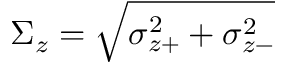
\Sigma _ { z } = \sqrt { \sigma _ { z + } ^ { 2 } + \sigma _ { z - } ^ { 2 } }